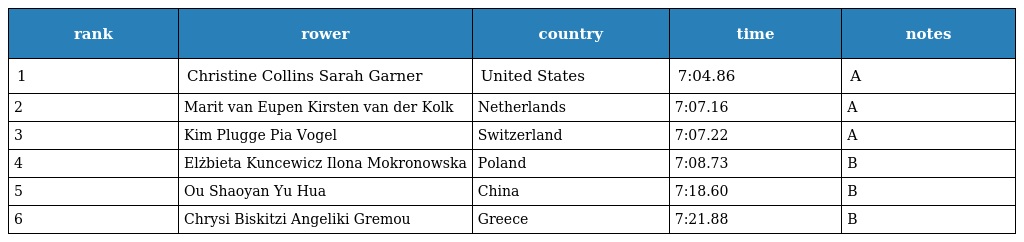
| rank | rower | country | time | notes |
 | --- | --- | --- | --- | --- |
 | 1 | Christine Collins Sarah Garner | United States | 7:04.86 | A |
 | 2 | Marit van Eupen Kirsten van der Kolk | Netherlands | 7:07.16 | A |
 | 3 | Kim Plugge Pia Vogel | Switzerland | 7:07.22 | A |
 | 4 | Elżbieta Kuncewicz Ilona Mokronowska | Poland | 7:08.73 | B |
 | 5 | Ou Shaoyan Yu Hua | China | 7:18.60 | B |
 | 6 | Chrysi Biskitzi Angeliki Gremou | Greece | 7:21.88 | B |